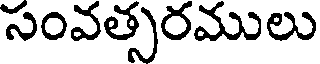
సంవత్సరములు